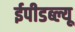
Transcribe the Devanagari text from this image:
ईपीडब्ल्यू